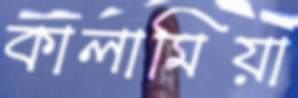
কালামিয়া